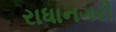
રાધાનગરી